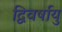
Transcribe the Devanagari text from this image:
द्विवर्षायु